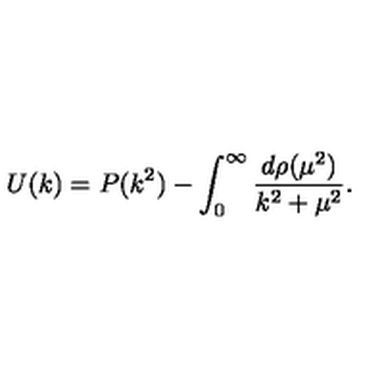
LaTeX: U ( k ) = P ( k ^ { 2 } ) - \int _ { 0 } ^ { \infty } \frac { d \rho ( \mu ^ { 2 } ) } { k ^ { 2 } + \mu ^ { 2 } } .